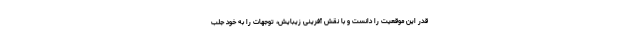
قدر این موقعیت را دانست و با نقش آفرینی زیبایش، توجهات را به خود جلب